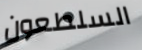
السلطعون